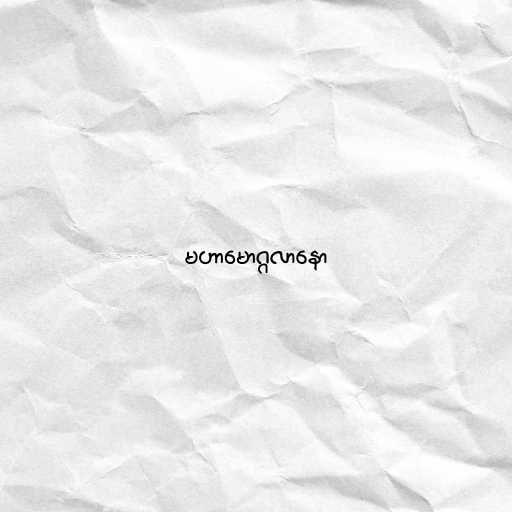
မဟာမောဂ္ဂလာနော